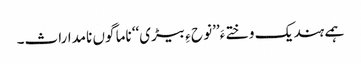
ہمے ہند یک وختے ءَ’’نو ح ءِ بیڑی‘‘ ناما گوں نامداراث۔